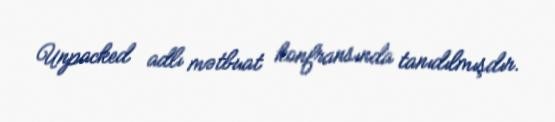
Unpacked adlı mətbuat konfransında tanıdılmışdır.